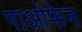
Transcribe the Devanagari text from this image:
गाओफेन